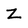
Character: z